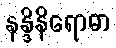
နန္ဒိနိရောဓာ